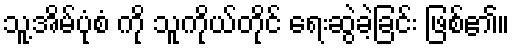
သူ့အိမ်ပုံစံ ကို သူကိုယ်တိုင် ရေးဆွဲခဲ့ခြင်း ဖြစ်၏။